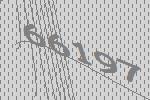
66197